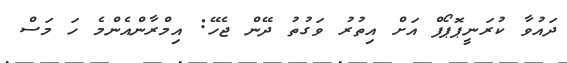
ދައުވާ ކުރަނީޕޮޕޯފް އަށް އިތުރު ވަގުތު ދޭން ޖެހޭ: އިމްރާންއެންމެ ހަ މަސް